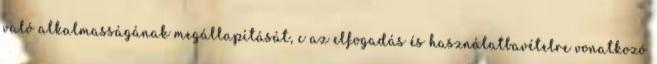
való alkalmasságának megállapítását, c az elfogadás és használatbavételre vonatkozó